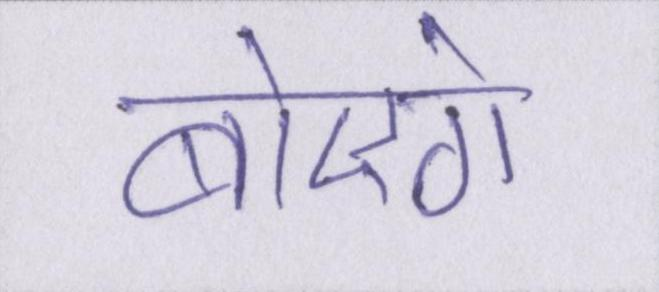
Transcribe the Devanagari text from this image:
बोएगे